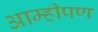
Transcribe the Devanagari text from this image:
आम्हीपण